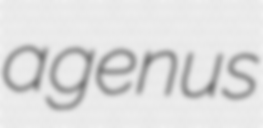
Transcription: a genus